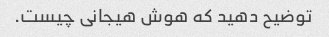
توضیح دهید که هوش هیجانی چیست.